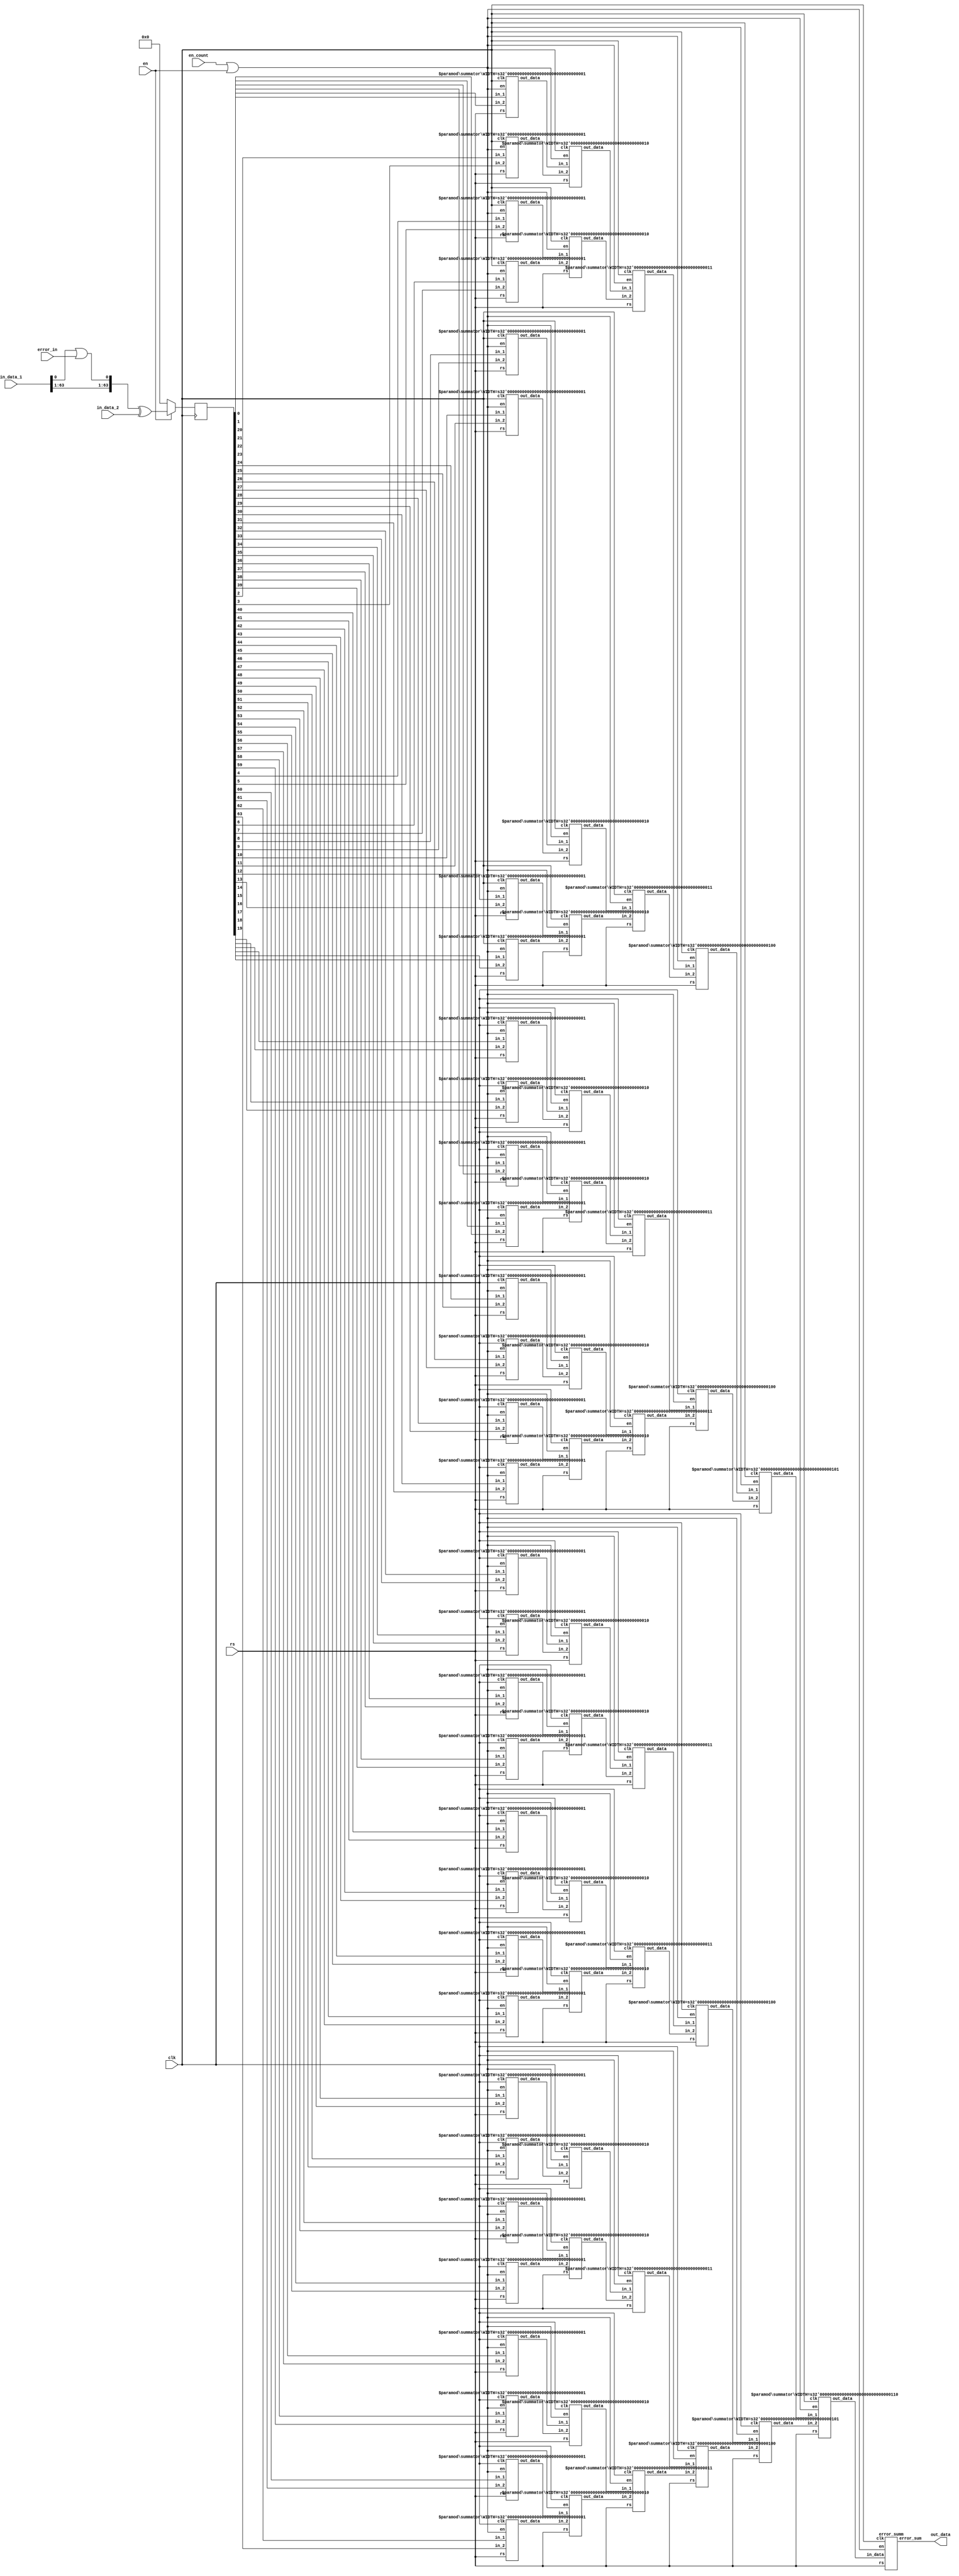
`timescale 1ns / 1ps/////////////////////////////////////////////////////////////////////////


module summ
#(parameter WIDTH_0 = 1,
            WIDTH_1 = 2,
            WIDTH_2 = 3,
            WIDTH_3 = 4,
            WIDTH_4 = 5,
            WIDTH_5 = 6)
(
    input clk, rs, en, en_count, error_in,
    input [63:0] in_data_1,
    input [63:0] in_data_2,
    output [7:0] out_data    
    );
 
 reg [63:0] in_data;   
 
 wire [63:0] in_data_1_wire;   
 wire [1:0] bus_0[31:0];   
 wire [2:0] bus_1[15:0];
 wire [3:0] bus_2[7:0];
 wire [4:0] bus_3[3:0];  
 wire [5:0] bus_4[1:0]; 
 wire [6:0] bus_5[0:0]; 
 wire [6:0] err_sum_wire;
 
 assign in_data_1_wire[63:1] = in_data_1[63:1];
 assign in_data_1_wire[0]    = in_data_1[0] | error_in; 

   
 genvar i;
 generate for(i=0; i<32; i = i + 1) begin:
   smm0  summator #(.WIDTH(WIDTH_0)) one (.en(en_count | en), .rs(rs), .in_1(in_data[i*2]), .in_2(in_data[i*2+1]), .clk(clk), .out_data(bus_0[i]));
 end endgenerate
 
 genvar j;
 generate for(j=0; j<16; j = j + 1) begin:
   smm1  summator #(.WIDTH(WIDTH_1)) two (.en(en_count | en), .rs(rs), .in_1(bus_0[j*2]), .in_2(bus_0[j*2+1]), .clk(clk), .out_data(bus_1[j]));
 end endgenerate   
 
  genvar k;
 generate for(k=0; k<8; k = k + 1) begin:
   smm2  summator #(.WIDTH(WIDTH_2))three(.en(en_count | en), .rs(rs), .in_1(bus_1[k*2]), .in_2(bus_1[k*2+1]), .clk(clk), .out_data(bus_2[k]));
 end endgenerate 
 
   genvar l;
 generate for(l=0; l<4; l = l + 1) begin:
   smm3  summator #(.WIDTH(WIDTH_3))four(.en(en_count | en), .rs(rs), .in_1(bus_2[l*2]), .in_2(bus_2[l*2+1]), .clk(clk), .out_data(bus_3[l]));
 end endgenerate 
 
    genvar m;
 generate for(m=0; m<2; m = m + 1) begin:
   smm4  summator #(.WIDTH(WIDTH_4))five(.en(en_count | en), .rs(rs), .in_1(bus_3[m*2]), .in_2(bus_3[m*2+1]), .clk(clk), .out_data(bus_4[m]));
 end endgenerate 
 
   summator #(.WIDTH(WIDTH_5)) smm5 (.en(en_count | en), .rs(rs), .in_1(bus_4[0]), .in_2(bus_4[1]), .clk(clk), .out_data(bus_5[0]));

error_summ ers (.en(en_count | en), .rs(rs), .clk(clk), .in_data(bus_5[0]), .error_sum(out_data));
   
 always @(negedge clk)
    if(en)
        in_data <= in_data_1_wire ^ in_data_2;  
    else
        in_data = 0;
endmodule

module summator
#(parameter WIDTH = 1)
(   input clk, en, rs,
    input [WIDTH-1:0]in_1,
    input [WIDTH-1:0]in_2,
    output reg [WIDTH:0] out_data
);

always @(posedge clk)
    if (rs)
        out_data <= 0;
    else if (en)
        out_data <= in_1+in_2;
    else
        out_data <= out_data;    

endmodule

module error_summ
(
    input [6:0] in_data,
    input clk, en,
    input rs,
    output [7:0] error_sum
);

reg [7:0] count;
initial begin 
     count = 0;
    end
assign error_sum = count;

always @(posedge clk or posedge rs)
    begin
        if (rs)
            count <= 0;
        else if (en)    
            count <= count + in_data;
        else 
            count <= count;    
    end

endmodule